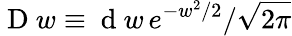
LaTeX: \mathrm{~D~}w\equiv\mathrm{~d~}w\, e^{-w^{2}/2}/\sqrt{2\pi}